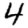
Digit: 4